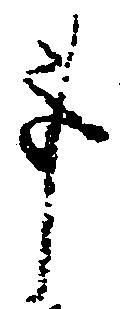
事